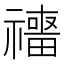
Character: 𥜑